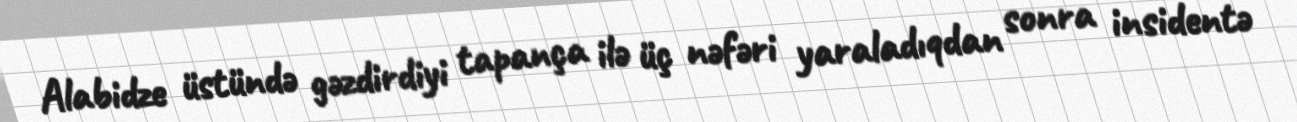
Alabidze üstündə gəzdirdiyi tapança ilə üç nəfəri yaraladıqdan sonra insidentə